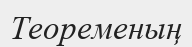
Теоременың